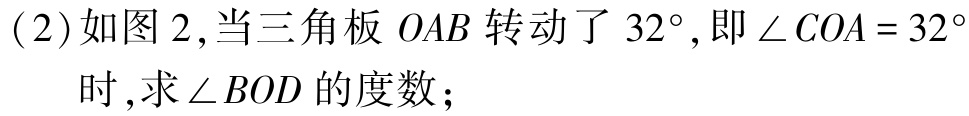
(2)如图2,当三角板\(OAB\)转动了\(32^{\circ}\),即\(\angle COA = 32^{\circ}\)时,求\(\angle BOD\)的度数；